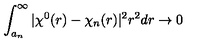
\int _ { a _ { n } } ^ { \infty } | \chi ^ { 0 } ( r ) - \chi _ { n } ( r ) | ^ { 2 } r ^ { 2 } d r \rightarrow 0